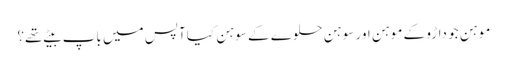
موہن جو داڑو کے موہن اور سوہن حلوے کے سوہن کیا آپس میں باپ بیٹے تھے؟